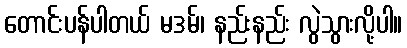
တောင်းပန်ပါတယ် မဒမ်၊ နည်းနည်း လွဲသွားလို့ပါ။